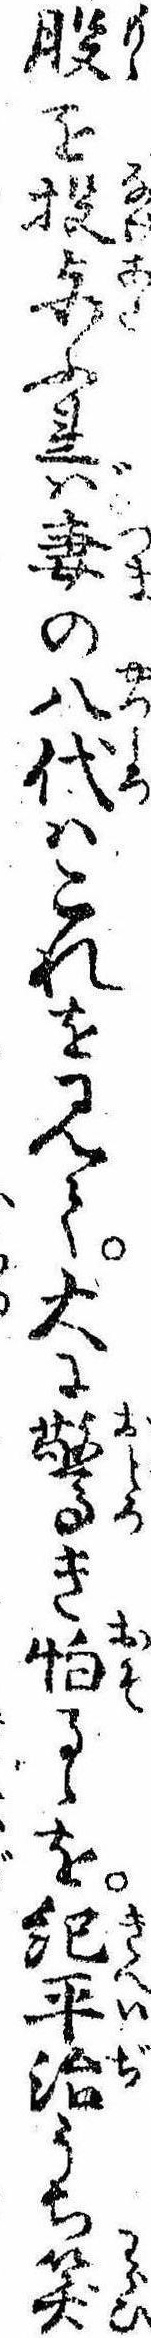
股を投与ふれば妻の八代はこれを見て大に驚き怕るゝを紀平治うち笑